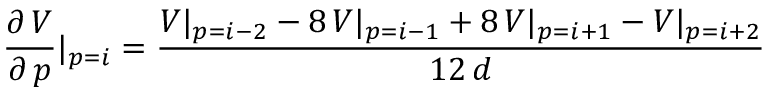
\frac { \partial \, V } { \partial \, p } \rvert _ { p = i } = \frac { V \rvert _ { p = i - 2 } - 8 \, V \rvert _ { p = i - 1 } + 8 \, V \rvert _ { p = i + 1 } - V \rvert _ { p = i + 2 } } { 1 2 \, d }